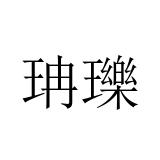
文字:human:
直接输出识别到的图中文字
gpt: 珃瓅